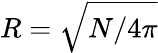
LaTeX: R=\sqrt{{N}/{4\pi}}